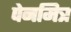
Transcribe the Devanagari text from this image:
पेनमित्र